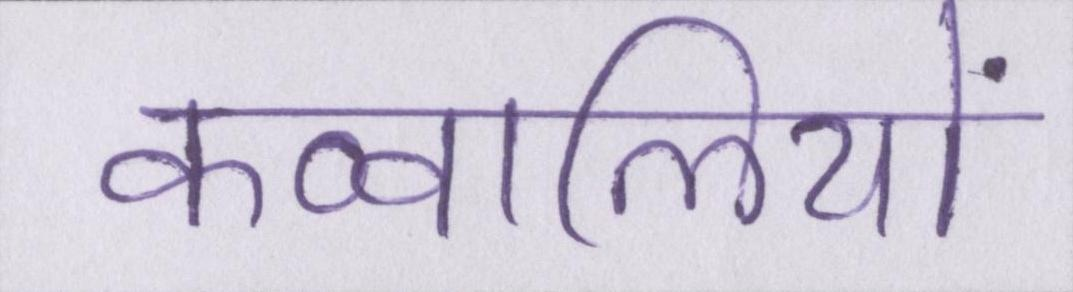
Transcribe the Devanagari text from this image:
कव्वालियों